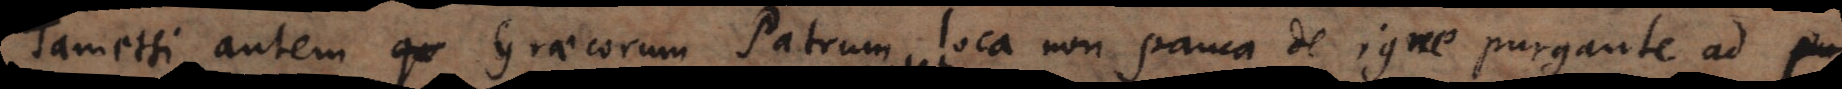
Tametsi autem Graecorum patrum loca non pauca de igne purgante ad